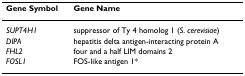
| Gene Symbol | Gene Name |
 | --- | --- |
 | SUPT4H1 | suppressor of Ty 4 homolog 1 (S. cerevisiae) |
 | DIPA | hepatitis delta antigen-interacting protein A |
 | FHL2 | four and a half LIM domains 2 |
 | FOSL1 | FOS-like antigen 1* |